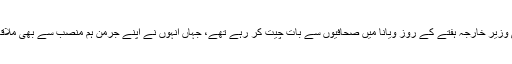
امریکی وزیر ِخارجہ ہفتے کے روز ویانا میں صحافیوں سے بات چیت کر رہے تھے، جہاں انہوں نے اپنے جرمن ہم منصب سے بھی ملاقات کی۔